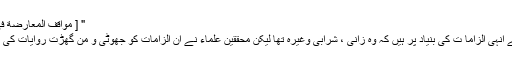
" [ مواقف المعارضة في عهد يزيد بن معاويةص 486 ]
یزید کے فسق و وفور کے افسانے انہی الزاما ت کی بنیاد پر ہیں کہ وہ زانی ، شرابی وغیرہ تھا لیکن محققین علماء نے ان الزامات کو جھوٹی و من گھڑت روایات کی بنیاد پر یکسر مسترد کر دیا ہے ۔